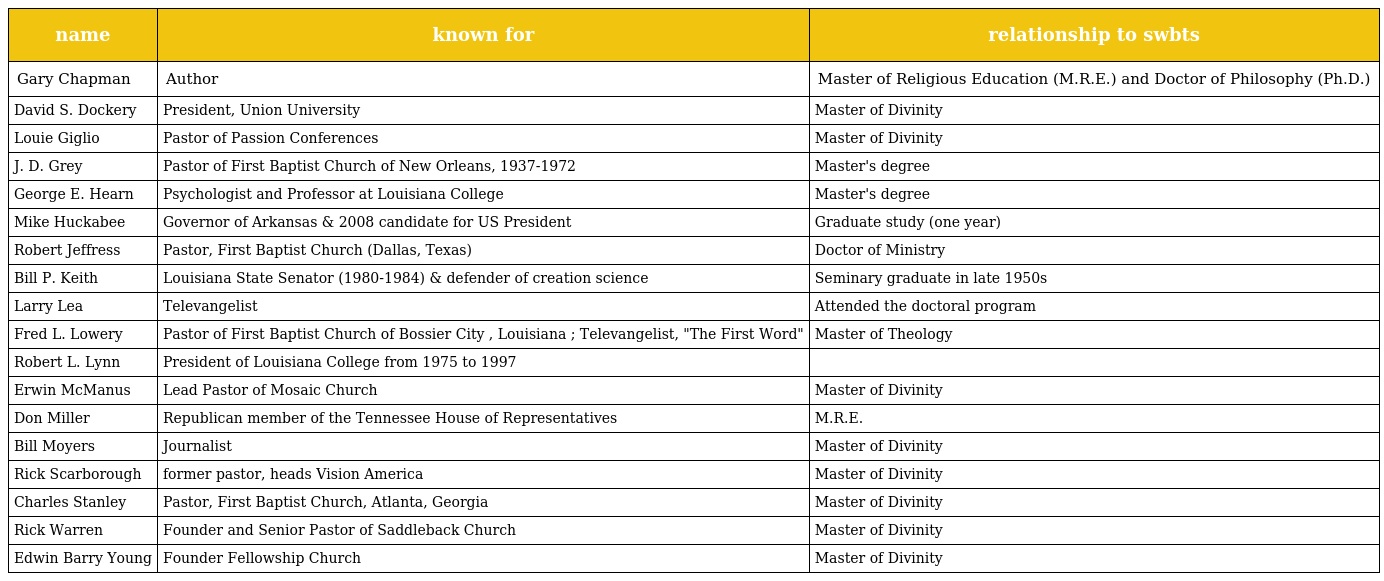
| name | known for | relationship to swbts |
 | --- | --- | --- |
 | Gary Chapman | Author | Master of Religious Education (M.R.E.) and Doctor of Philosophy (Ph.D.) |
 | David S. Dockery | President, Union University | Master of Divinity |
 | Louie Giglio | Pastor of Passion Conferences | Master of Divinity |
 | J. D. Grey | Pastor of First Baptist Church of New Orleans, 1937-1972 | Master's degree |
 | George E. Hearn | Psychologist and Professor at Louisiana College | Master's degree |
 | Mike Huckabee | Governor of Arkansas & 2008 candidate for US President | Graduate study (one year) |
 | Robert Jeffress | Pastor, First Baptist Church (Dallas, Texas) | Doctor of Ministry |
 | Bill P. Keith | Louisiana State Senator (1980-1984) & defender of creation science | Seminary graduate in late 1950s |
 | Larry Lea | Televangelist | Attended the doctoral program |
 | Fred L. Lowery | Pastor of First Baptist Church of Bossier City , Louisiana ; Televangelist, "The First Word" | Master of Theology |
 | Robert L. Lynn | President of Louisiana College from 1975 to 1997 |  |
 | Erwin McManus | Lead Pastor of Mosaic Church | Master of Divinity |
 | Don Miller | Republican member of the Tennessee House of Representatives | M.R.E. |
 | Bill Moyers | Journalist | Master of Divinity |
 | Rick Scarborough | former pastor, heads Vision America | Master of Divinity |
 | Charles Stanley | Pastor, First Baptist Church, Atlanta, Georgia | Master of Divinity |
 | Rick Warren | Founder and Senior Pastor of Saddleback Church | Master of Divinity |
 | Edwin Barry Young | Founder Fellowship Church | Master of Divinity |